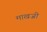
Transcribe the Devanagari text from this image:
माखजी